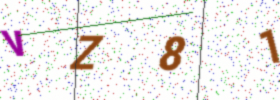
Text: VZ81